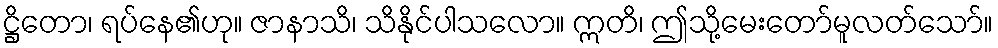
ဋ္ဌိတော၊ ရပ်နေ၏ဟု။ ဇာနာသိ၊ သိနိုင်ပါသလော။ ဣတိ၊ ဤသို့မေးတော်မူလတ်သော်။